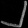
Digit: ၂